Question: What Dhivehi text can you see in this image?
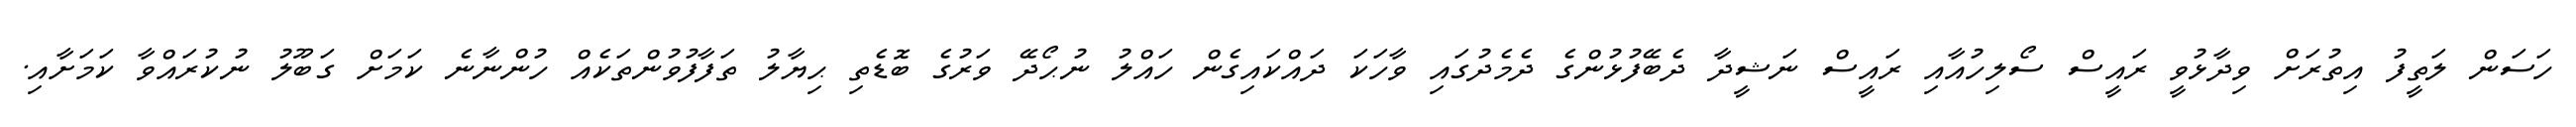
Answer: ހަސަން ލަތީފު އިތުރަށް ވިދާޅުވީ ރައީސް ސޯލިހުއާއި ރައީސް ނަޝީދާ ދެބޭފުޅުންގެ ދެމެދުގައި ވާހަކަ ދައްކައިގެން ހައްލު ނުޙޯދޭ ވަރުގެ ބޮޑެތި ޙިޔާލު ތަފާފުވުންތަކެއް ހުންނާނެ ކަމަށް ގަބޫލު ނުކުރައްވާ ކަމަށާއި.